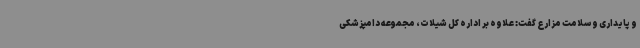
و پایداری و سلامت مزارع گفت: علاوه بر اداره کل شیلات، مجموعه دامپزشکی